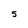
Character: 5